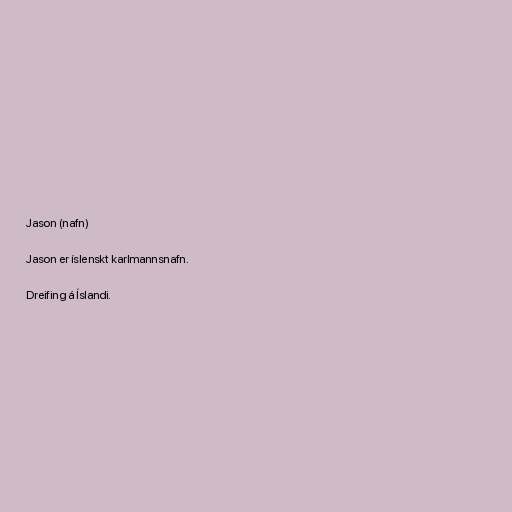
Jason (nafn)

Jason er íslenskt karlmannsnafn.

Dreifing á Íslandi.